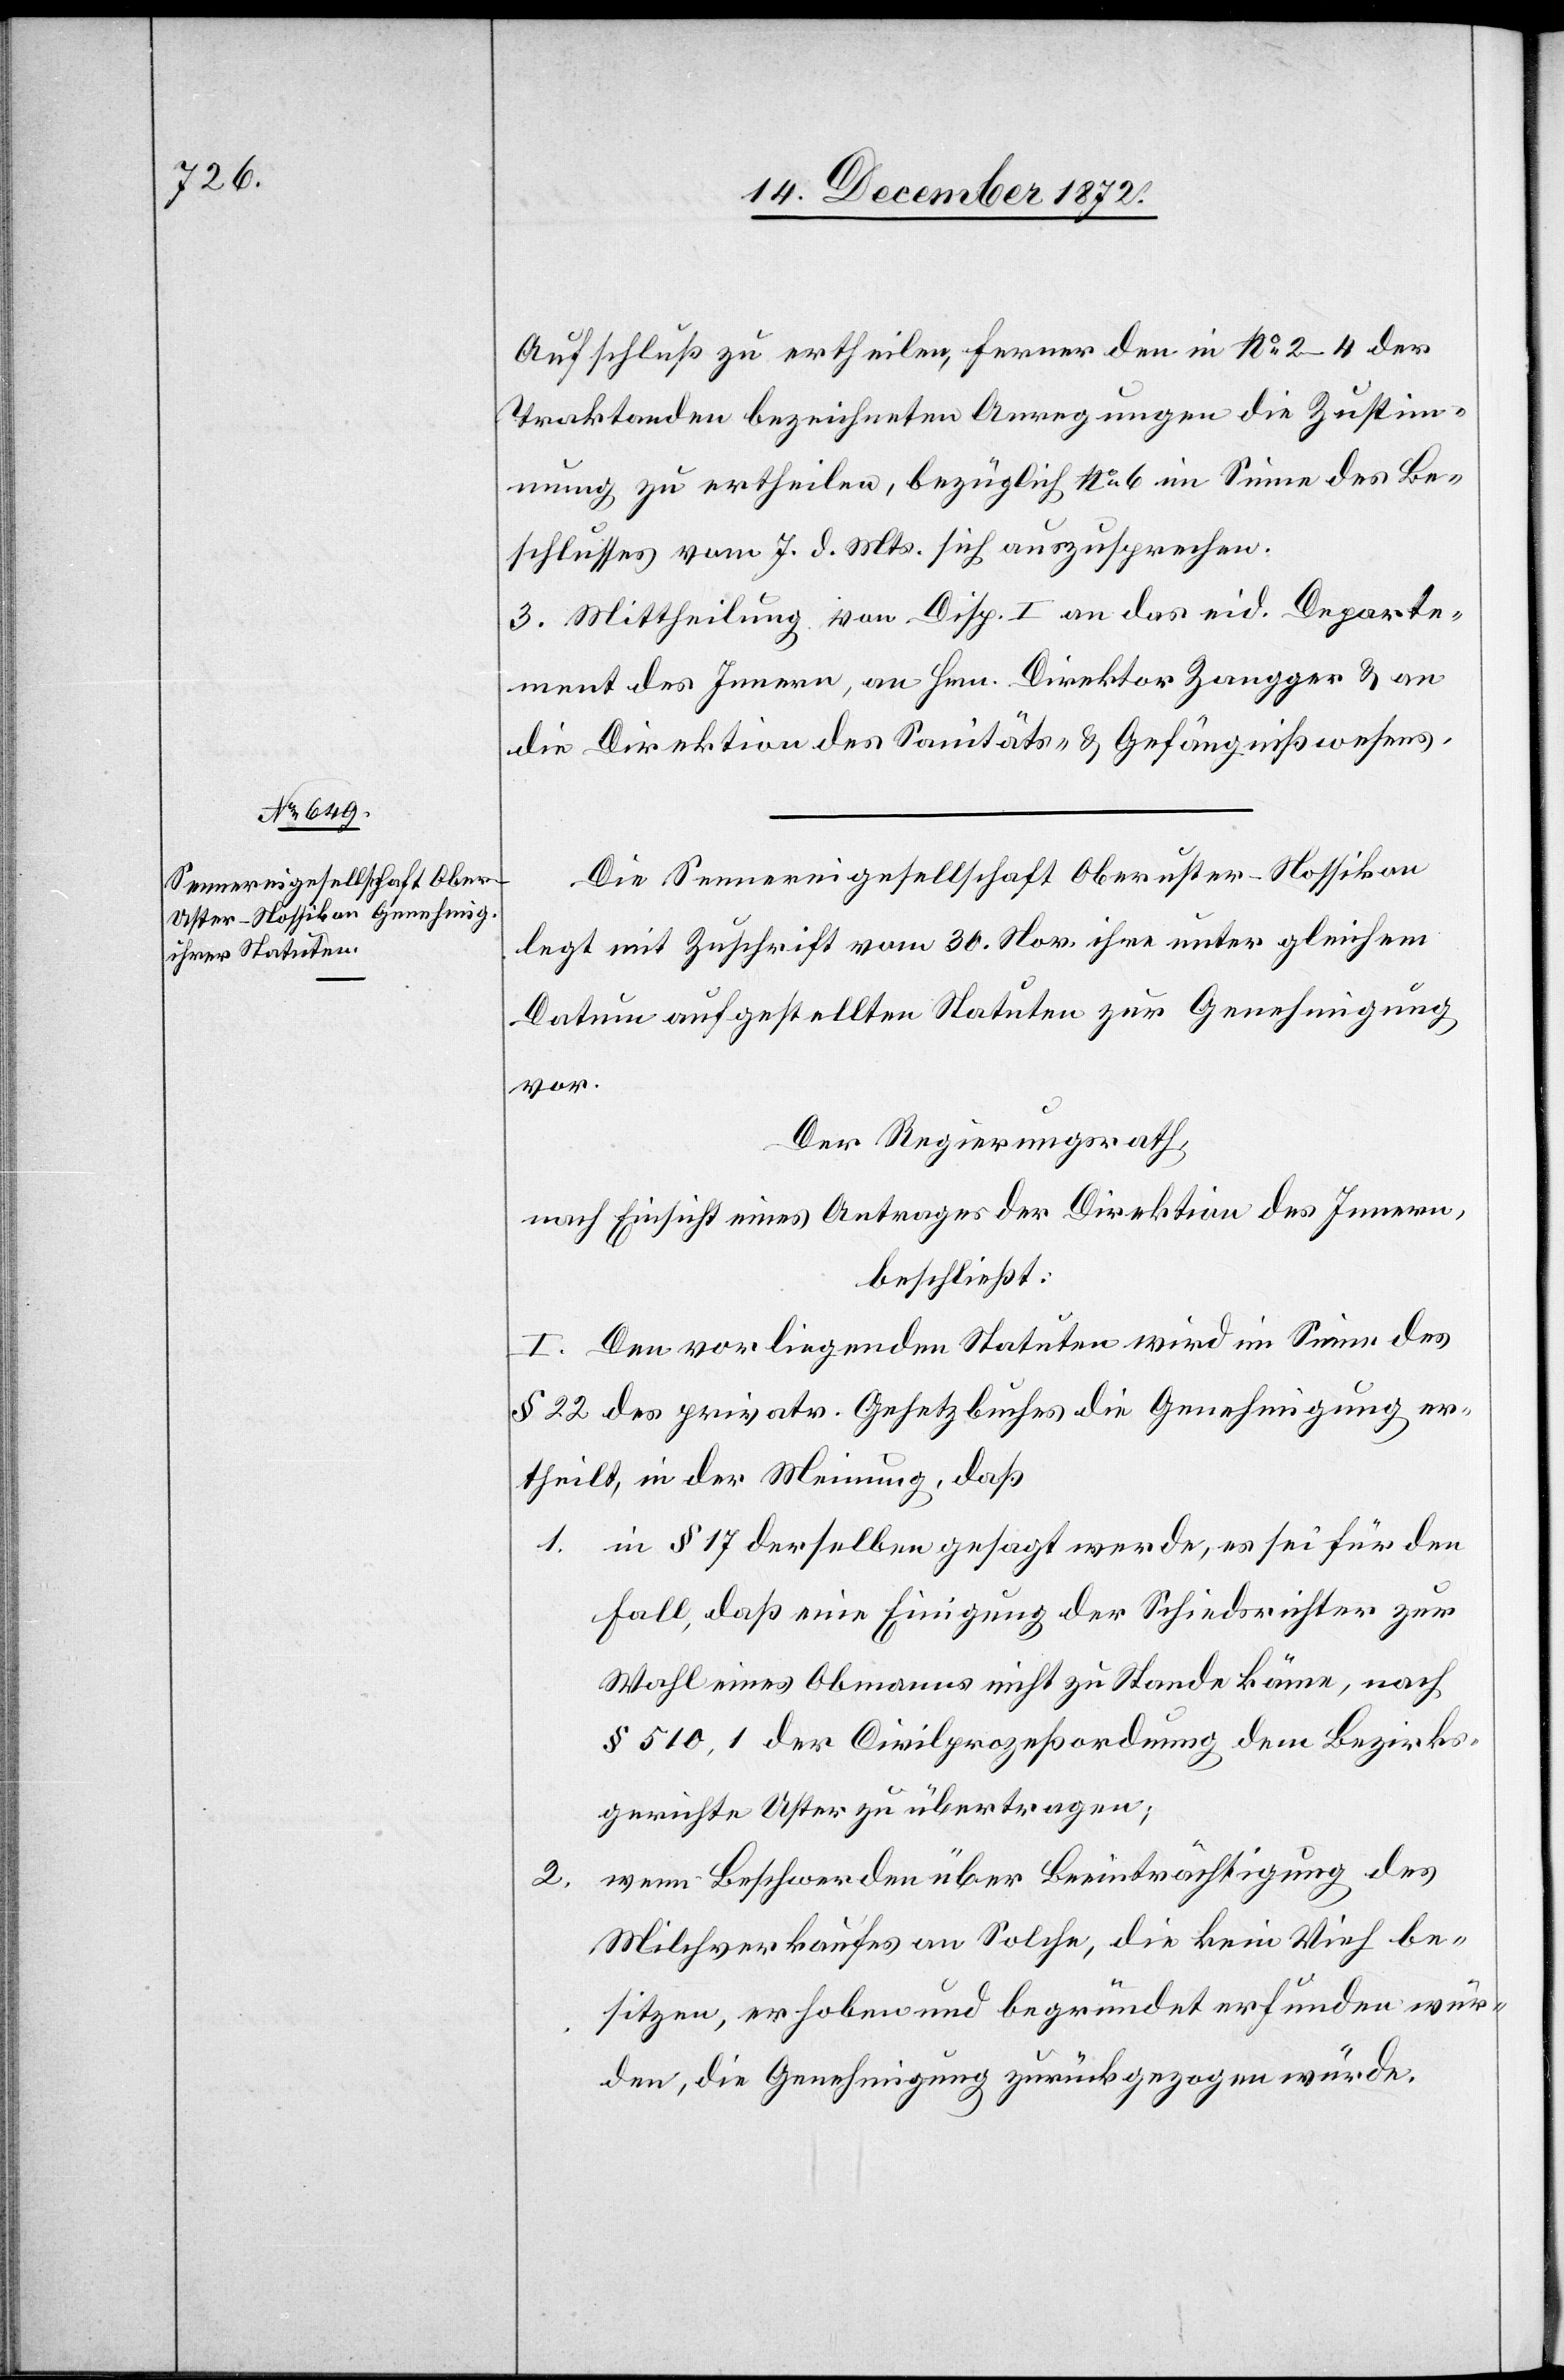
Aufschluß zu ertheilen, ferner den in No 2–4 der
Traktanden bezeichneten Anregungen die Zustim¬
mung zu ertheilen, bezüglich No 6 im Sinne des Be¬
schlusses vom 7. d. Mts. sich auszusprechen.
3. Mittheilung von Disp. I an das eid. Departe¬
ment des Innern, an Hrn. Direktor Zangger u. an
die Direktion des Sanitäts- u. Gefängnißwesens.
Die Sennereigesellschaft Oberuster-Nossikon
legt mit Zuschrift vom 30. Nov. ihre unter gleichem
Datum aufgestellten Statuten zur Genehmigung
vor.
Der Regierungsrath,
nach Einsicht eines Antrages der Direktion des Innern,
beschließt:
I. Den vorliegenden Statuten wird im Sinne des
§ 22 des privatr. Gesetzbuches die Genehmigung er¬
theilt, in der Meinung, daß
1.
in § 17 derselben gesagt werde, es sei für den
Fall, daß eine Einigung der Schiedsrichter zur
Wahl eines Obmanns nicht zu Stande käme, nach
§ 510,1 der Civilprozeßordnung dem Bezirks¬
gerichte Uster zu übertragen;
wenn Beschwerden über Beeinträchtigung des
2.
Milchverkaufes an Solche, die kein Vieh be¬
sitzen, erhoben und begründet erfunden wür¬
den, die Genehmigung zurückgezogen würde.